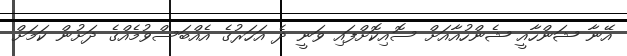
އޭނާ ޝަންހާއީ ޝެންހުއާއަށް ސޮއިކޮށްފައި ވަނީ ދެ އަހަރުގެ އެއްބަސްވުމެއްގެ ދަށުން ކަމަށް